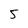
Character: 5